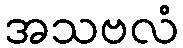
အသဗလံ